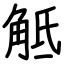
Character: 觝